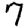
Digit: 7